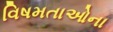
વિષમતાઓના